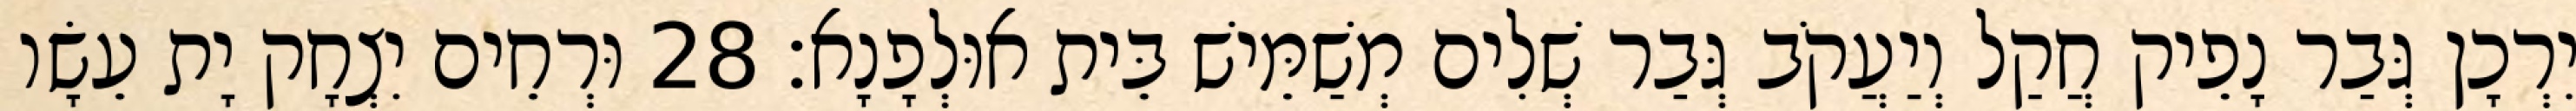
יִרְכָן גְּבַר נָפֵיק חֲקַל וְיַעֲקֹב גְּבַר שְׁלִים מְשַׁמֵּישׁ בֵּית אוּלְפָנָא׃ 28 וּרְחֵים יִצְחָק יָת עֵשָׂו